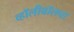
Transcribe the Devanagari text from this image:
व्हॉलीबॉलचा